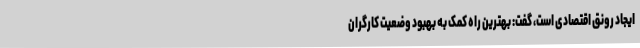
ایجاد رونق اقتصادی است، گفت: بهترین راه کمک به بهبود وضعیت کارگران